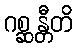
ဂစ္ဆန္တီတိ